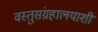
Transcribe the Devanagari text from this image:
वस्तुसंग्रहालयाशी